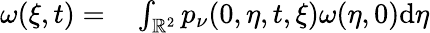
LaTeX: \begin{array}{rl}{\omega(\xi,t)=}&{{}\int_{\mathbb{R}^{2}}p_{\nu}(0,\eta,t,\xi)\omega(\eta,0)\mathrm{d}\eta}\end{array}